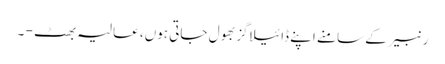
رنبیر کے سامنے اپنے ڈائیلاگز بھول جاتی ہوں، عالیہ بھٹ - ۔